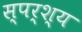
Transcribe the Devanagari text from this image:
स्पर्श्य